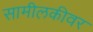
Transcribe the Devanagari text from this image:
सामीलकीवर